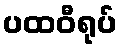
ပထဝီရုပ်